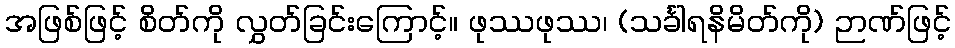
အဖြစ်ဖြင့် စိတ်ကို လွှတ်ခြင်းကြောင့်။ ဖုဿဖုဿ၊ (သင်္ခါရနိမိတ်ကို) ဉာဏ်ဖြင့်